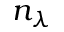
n _ { \lambda }